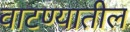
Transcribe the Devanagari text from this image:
वाटण्यातील